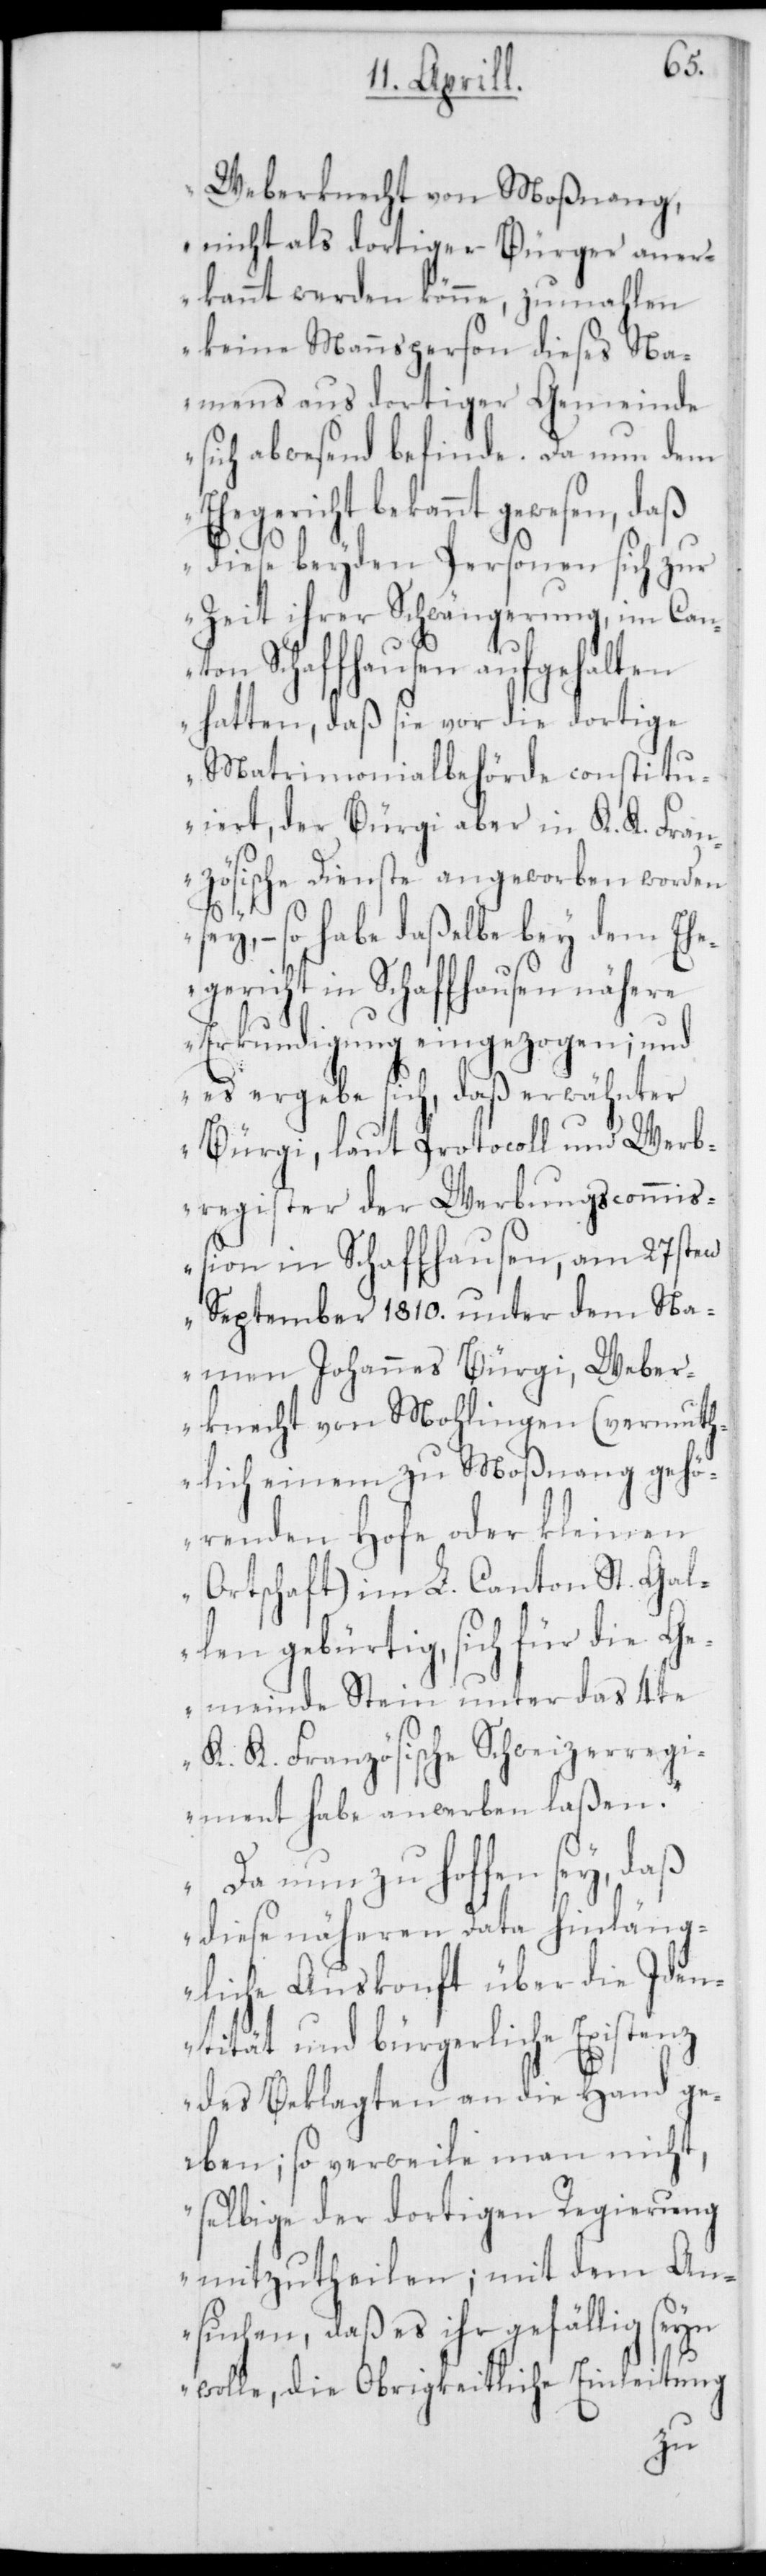
Weberknecht von Moßnang,
nicht als dortiger Bürger aner¬
kannt werden könne, zumahlen
keine Mannsperson dieses Na¬
mens aus dortiger Gemeinde
sich abwesend befinde. Da nun dem
Ehegericht bekannt gewesen, daß
diese beyden Personen sich zur
Zeit ihrer Schwängerung, im Can¬
ton Schaffhausen aufgehalten
hatten, daß sie vor die dortige
Matrimonialbehörde constitu¬
iert, der Bürgi aber in K. K. Fran¬
zösischen Dienste angeworben worden
sey, – so habe daßelbe bey dem Ehe¬
gericht in Schaffhausen nähere
Erkundigung eingezogen; und
es ergebe sich, daß erwähnter
Bürgi, laut Protocoll und Werb¬
register der Werbungscommiß¬
ion in Schaffhausen, am 27sten
September 1810. unter dem Na¬
men Johannes Bürgi, Weber¬
knecht von Mohlingen (vermuth¬
lich einem zu Moßnang gehö¬
renden Hofe oder kleinen
Ortschaft) im L. Canton St. Gal¬
len gebürtig, sich für die G¬
emeinde Stein unter das 4te
K. K. Französische Schweizerregi¬
ment habe anwerben laßen.“
„Da nun zu hoffen sey, daß
diese näheren Data hinläng¬
liche Auskonft über die Iden¬
tität und bürgerliche Existenz
des Beklagten an die Hand ge¬
ben; so verweile man nicht,
selbige der dortigen Regierung
mitzutheilen; mit dem An¬
suchen, daß es ihr gefällig seyn
wolle, die Obrigkeitliche Einleitung